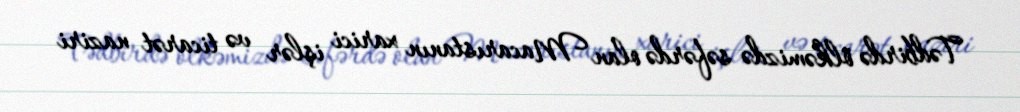
Tədbirdə ölkəmizdə səfərdə olan Macarıstanın xarici işlər və ticarət naziri